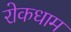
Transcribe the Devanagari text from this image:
रोकधाम